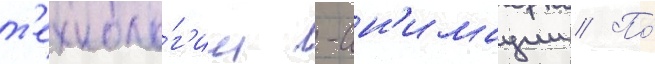
т'ехноло́г'ии -ан'имации // По́